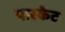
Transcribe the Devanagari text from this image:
पारकेट